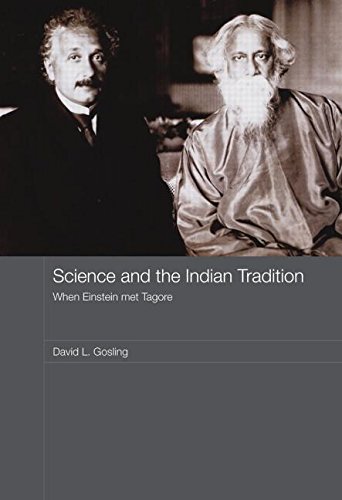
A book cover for Science and the Indian Tradition: When Einstein Met Tagore (India in the Modern World (Numbered)); David L. Gosling; History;